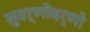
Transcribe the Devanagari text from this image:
सुवर्णोवर्णो